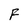
Character: F